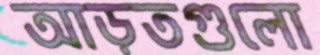
আড়তগুলো